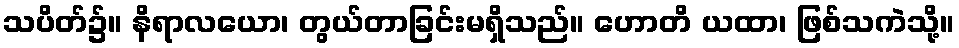
သပိတ်၌။ နိရာလယော၊ တွယ်တာခြင်းမရှိသည်။ ဟောတိ ယထာ၊ ဖြစ်သကဲသို့။